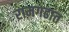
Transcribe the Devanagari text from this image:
रामगढात